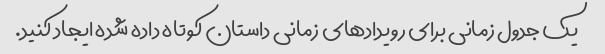
یک جدول زمانی برای رویدادهای زمانی داستان کوتاه داده شده ایجاد کنید.